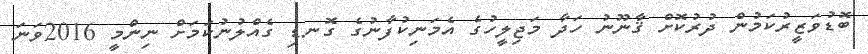
ބޮޑުވަޒީރުކަމުން ދުރުކޮށް ޤާނޫނު ހަދާ މަޖިލީހުގެ އެމަނިކުފާނުގެ ގޮނޑި ގެއްލުނުކަމަށް ނިންމީ 2016ވަނަ